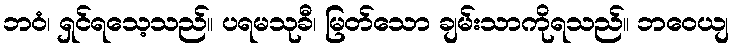
ဘဝံ၊ ရှင်ရသေ့သည်။ ပရမသုခီ၊ မြတ်သော ချမ်းသာကိုရသည်။ ဘဝေယျ